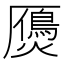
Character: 𤑤